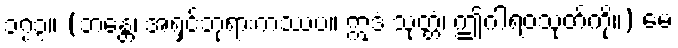
၁၇၃။ (ဘန္တေ၊ အရှင်ဘုရားကဿပ။ ဣဒံ သုတ္တံ၊ ဤဂါရဝသုတ်ကို။) မေ